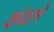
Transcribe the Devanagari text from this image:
कंवले